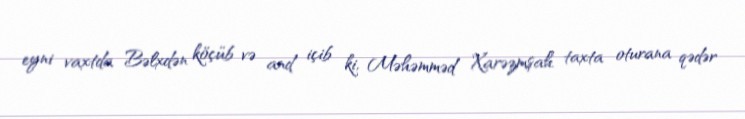
eyni vaxtda Bəlxdən köçüb və and içib ki, Məhəmməd Xarəzmşah taxta oturana qədər